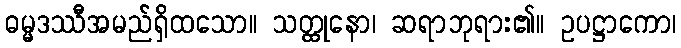
ဓမ္မဒဿီအမည်ရှိထသော။ သတ္ထုနော၊ ဆရာဘုရား၏။ ဥပဋ္ဌာကော၊